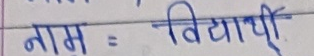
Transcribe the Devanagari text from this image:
नाम = विद्यार्थी